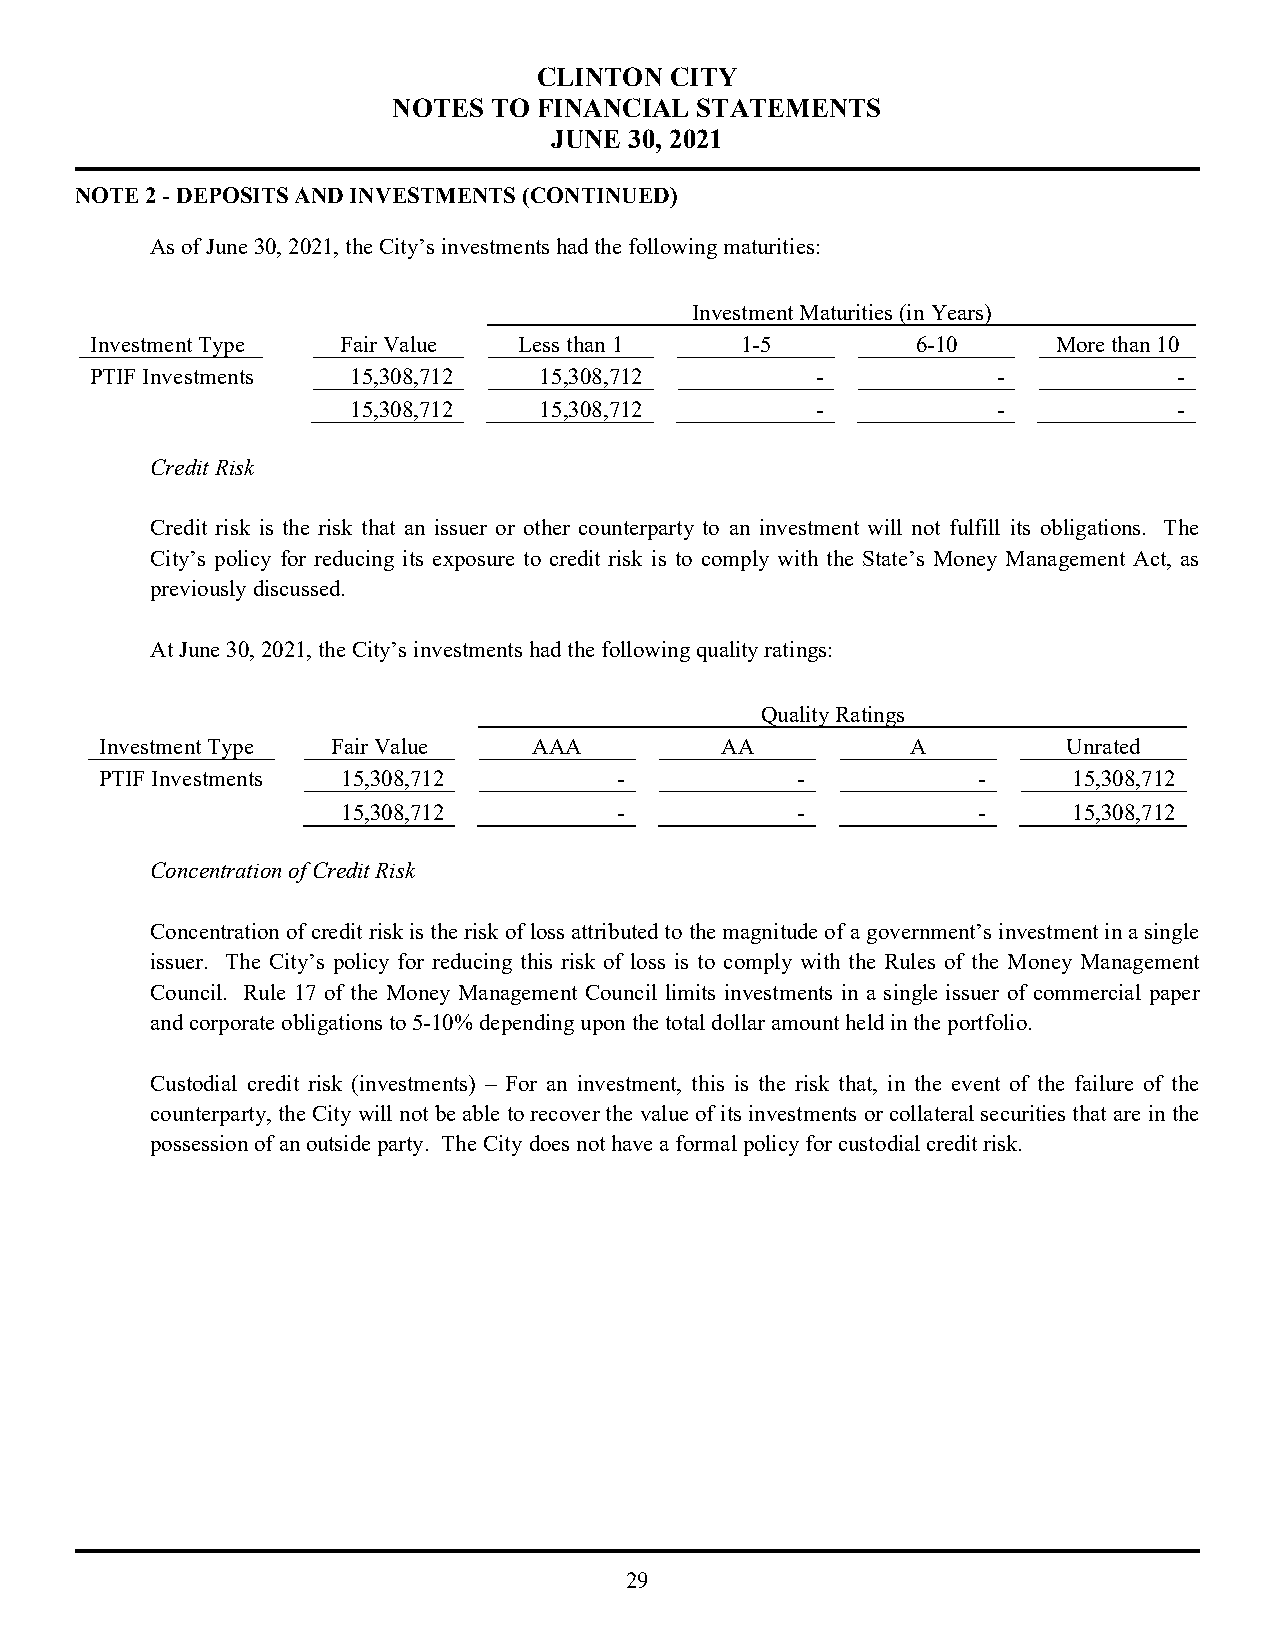
CLINTON CITY
 NOTES TO  FINANCIAL STATEMENTS
 JUNE  30, 2021
 NOTE 2 - DEPOSITS AND INVESTMENTS (CONTINUED)
 As of June 30, 2021, the City’s investments had the following maturities:
 Investment Maturities (in Years)
 Investment Type  Fair Value Less than 1    1-5         6-10     More than 10
 PTIF Investments 15,308,712   15,308,712        -           -           -
 15,308,712   15,308,712        -           -           -
 Credit Risk
 Credit risk is the risk that an issuer or other counterparty to an investment will not fulfill its obligations. The
 City’s policy for reducing its exposure to credit risk is to comply with the State’s Money Management Act, as
 previously discussed.
 At June 30, 2021, the City’s investments had the following quality ratings:
 Quality Ratings
 Investment Type Fair Value  AAA          AA          A          Unrated
 PTIF Investments 15,308,712       -           -           -     15,308,712
 15,308,712        -           -           -     15,308,712
 Concentration of Credit Risk
 Concentration of credit risk is the risk of loss attributed to the magnitude of a government’s investment in a single
 issuer. The City’s policy for reducing this risk of loss is to comply with the Rules of the Money Management
 Council. Rule 17 of the Money Management Council limits investments in a single issuer of commercial paper
 and corporate obligations to 5-10% depending upon the total dollar amount held in the portfolio.
 Custodial credit risk (investments) – For an investment, this is the risk that, in the event of the failure of the
 counterparty, the City will not be able to recover the value of its investments or collateral securities that are in the
 possession of an outside party. The City does not have a formal policy for custodial credit risk.
 29